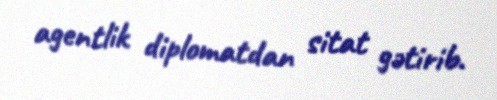
agentlik diplomatdan sitat gətirib.